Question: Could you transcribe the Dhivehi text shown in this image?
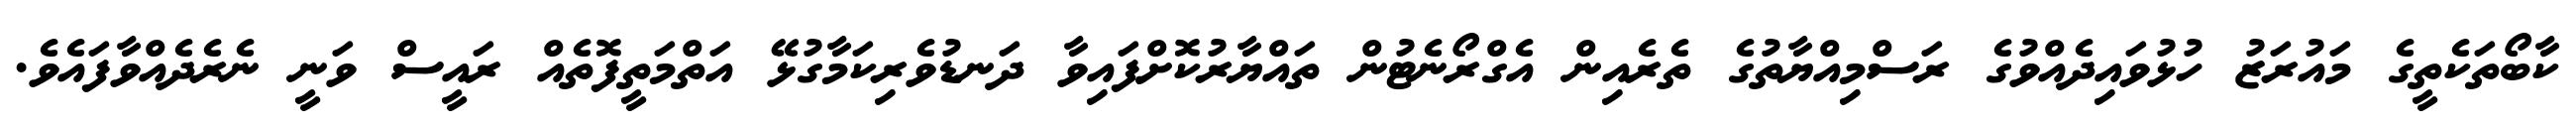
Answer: ކާބޯތަކެތީގެ މައުރަޒު ހުޅުވައިދެއްވުގެ ރަސްމިއްޔާތުގެ ތެރެއިން އެގްރޯނެޓުން ތައްޔާރުކޮށްފައިވާ ދަނޑުވެރިކަމާގުޅޭ އަތްމަތީފޮތެއް ރައީސް ވަނީ ނެރެދެއްވާފައެވެ.